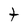
Character: t